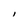
Character: l